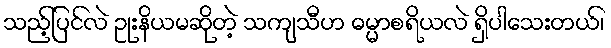
သည့်ပြင်လဲ ဥုးနိယမဆိုတဲ့ သကျသီဟ ဓမ္မာစရိယလဲ ရှိပါသေးတယ်၊